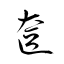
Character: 奩